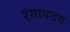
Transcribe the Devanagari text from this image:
रंगापटय